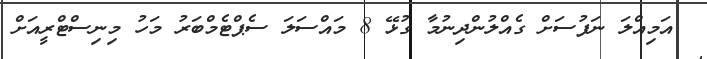
އަމިއްލަ ނަފުސަށް ގެއްލުންދިނުމާ ގުޅޭ 8 މައްސަލަ ސެޕްޓެމްބަރު މަހު މިނިސްޓްރީއަށް